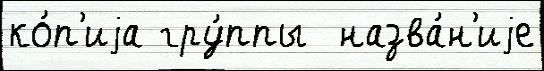
ко́п'иjа гру́ппы  назва́н'иjе